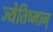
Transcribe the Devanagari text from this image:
ज्येतिष्मान्